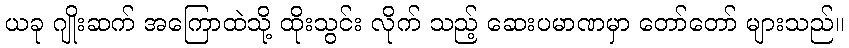
ယခု ဂျိုးဆက် အကြောထဲသို့ ထိုးသွင်း လိုက် သည့် ဆေးပမာဏမှာ တော်တော် များသည်။